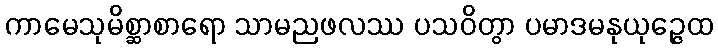
ကာမေသုမိစ္ဆာစာရော သာမညဖလဿ ပသဝိတွာ ပမာဒမနုယုဉ္ဇေထ